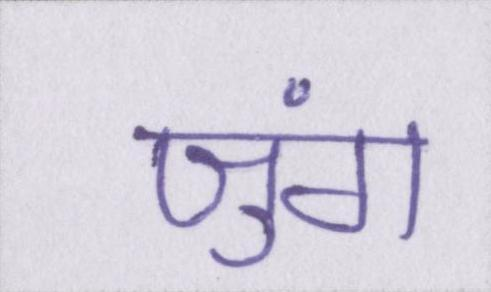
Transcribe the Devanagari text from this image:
जुंग